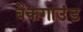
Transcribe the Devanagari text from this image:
बैकगाउंड